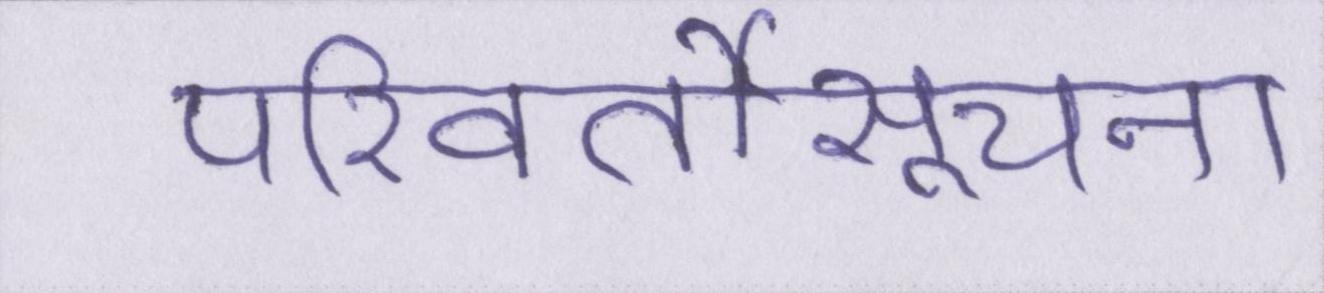
परिवर्तीसूचना